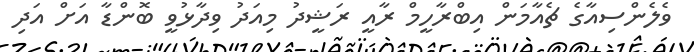
ވެލެންސިއާގެ ޗެއާމަން އިބްރާހީމް ރާއީ ރަޝީދު މިއަދު ވިދާޅުވީ ބޮންޑާ އަށް އަދި